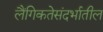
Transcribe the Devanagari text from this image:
लैंगिकतेसंदर्भातील